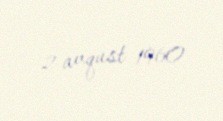
2 avqust 1960